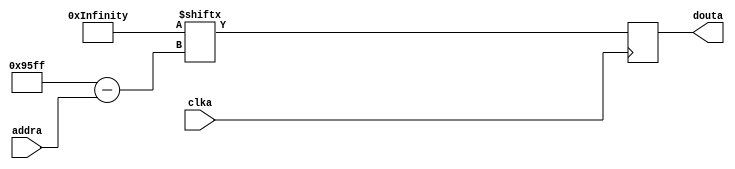
`timescale 1ns / 1ps
//////////////////////////////////////////////////////////////////////////////////
// Company: 
// Engineer: 
// 
// Design Name: 
// Module Name:    win_title 
// Project Name: 
// Target Devices: 
// Tool versions: 
// Description: 
//
// Dependencies: 
//
// Revision: 
// Revision 0.01 - File Created
// Additional Comments: 
//
//////////////////////////////////////////////////////////////////////////////////
module win_title(
			input wire clka,
			input wire [15:0] addra,
			output reg douta
    );

	parameter data = {
320'b00000000000000000000000000000000000000000000000000000000000000000000000000000000000000000000000000000000000000000000000000000000000000000000000000000000000000000000000000000000000000000000000000000000000000000000000000000000000000000000000000000000000000000000000000000000000000000000000000000000000000000000000000000000,
320'b00000000000000000000000000000000000000000000000000000000000000000000000000000000000000000000000000000000000000000000000000000000000000000000000000000000000000000000000000000000000000000000000000000000000000000000000000000000000000000000000000000000000000000000000000000000000000000000000000000000000000000000000000000000,
320'b00000000000000000000000000000000000000000000000000000000000000000000000000000000000000000000000000000000000000000000000000000000000000000000000000000000000000000000000000000000000000000000000000000000000000000000000000000000000000000000000000000000000000000000000000000000000000000000000000000000000000000000000000000000,
320'b00000000000000000000000000000000000000000000000000000000000000000000000000000000000000000000000000000000000000000000000000000000000000000000000000000000000000000000000000000000000000000000000000000000000000000000000000000000000000000000000000000000000000000000000000000000000000000000000000000000000000000000000000000000,
320'b00000000000000000000000000000000000000000000000000000000000000000000000000000000000000000000000000000000000000000000000000000000000000000000000000000000000000000000000000000000000000000000000000000000000000000000000000000000000000000000000000000000000000000000000000000000000000000000000000000000000000000000000000000000,
320'b00000000000000000000000000000000000000000000000000000000000000000000000000000000000000000000000000000000000000000000000000000000000000000000000000000000000000000000000000000000000000000000000000000000000000000000000000000000000000000000000000000000000000000000000000000000000000000000000000000000000000000000000000000000,
320'b00000000000000000000000000000000000000000000000000000000000000000000000000000000000000000000000000000000000000000000000000000000000000000000000000000000000000000000000000000000000000000000000000000000000000000000000000000000000000000000000000000000000000000000000000000000000000000000000000000000000000000000000000000000,
320'b00000000000000000000000000000000000000000000000000000000000000000000000000000000000000000000000000000000000000000000000000000000000000000000000000000000000000000000000000000000000000000000000000000000000000000000000000000000000000000000000000000000000000000000000000000000000000000000000000000000000000000000000000000000,
320'b00000000000000000000000000000000000000000000000000000000000000000000000000000000000000000000000000000000000000000000000000000000000000000000000000000000000000000000000000000000000000000000000000000000000000000000000000000000000000000000000000000000000000000000000000000000000000000000000000000000000000000000000000000000,
320'b00000000000000000000000000000000000000000000000000000000000000000000000000000000000000000000000000000000000000000000000000000000000000000000000000000000000000000000000000000000000000000000000000000000000000000000000000000000000000000000000000000000000000000000000000000000000000000000000000000000000000000000000000000000,
320'b00000000000000000000000000000000000000000000000000000000000000000000000000000000000000000000000000000000000000000000000000000000000000000000000000000000000000000000000000000000000000000000000000000000000000000000000000000000000000000000000000000000000000000000000000000000000000000000000000000000000000000000000000000000,
320'b00000000000000000000000000000000000000000000000000000000000000000000000000000000000000000000000000000000000000000000000000000000000000000000000000000000000000000000000000000000000000000000000000000000000000000000000000000000000000000000000000000000000000000000000000000000000000000000000000000000000000000000000000000000,
320'b00000000000000000000000000000000000000000000000000000000000000000000000000000000000000000000000000000000000000000000000000000000000000000000000000000000000000000000000000000000000000000000000000000000000000000000000000000000000000000000000000000000000000000000000000000000000000000000000000000000000000000000000000000000,
320'b00000000000000000000000000000000000000000000000000000000000000000000000000000000000000000000000000000000000000000000000000000000000000000000000000000000000000000000000000000000000000000000000000000000000000000000000000000000000000000000000000000000000000000000000000000000000000000000000000000000000000000000000000000000,
320'b00000000000000000000000000000000000000000000000000000000000000000000000000000000000000000000000000000000000000000000000000000000000000000000000000000000000000000000000000000000000000000000000000000000000000000000000000000000000000000000000000000000000000000000000000000000000000000000000000000000000000000000000000000000,
320'b00000000000000000000000000000000000000000000000000000000000000000000000000000000000000000000000000000000000000000000000000000000000000000000000000000000000000000000000000000000000000000000000000000000000000000000000000000000000000000000000000000000000000000000000000000000000000000000000000000000000000000000000000000000,
320'b00000000000000000000000000000000000000000000000000000000000000000000000000000000000000000000000000000000000000000000000000000000000000000000000000000000000000000000000000000000000000000000000000000000000000000000000000000000000000000000000000000000000000000000000000000000000000000000000000000000000000000000000000000000,
320'b00000000000000000000000000000000000000000000000000000000000000000000000000000000000000000000000000000000000000000000000000000000000000000000000000000000000000000000000000000000000000000000000000000000000000000000000000000000000000000000000000000000000000000000000000000000000000000000000000000000000000000000000000000000,
320'b00000000000000000000000000000000000000000000000000000000000000000000000000000000000000000000000000000000000000000000000000000000000000000000000000000000000000000000000000000000000000000000000000000000000000000000000000000000000000000000000000000000000000000000000000000000000000000000000000000000000000000000000000000000,
320'b00000000000000000000000000000000000000000000000000000000000000000000000000000000000000000000000000000000000000000000000000000000000000000000000000000000000000000000000000000000000000000000000000000000000000000000000000000000000000000000000000000000000000000000000000000000000000000000000000000000000000000000000000000000,
320'b00000000000000000000000000000000000000000000000000000000000000000000000000000000000000000000000000000000000000000000000000000000000000000000000000000000000000000000000000000000000000000000000000000000000000000000000000000000000000000000000000000000000000000000000000000000000000000000000000000000000000000000000000000000,
320'b00000000000000000000000000000000000000000000000000000000000000000000000000000000000000000000000000000000000000000000000000000000000000000000000000000000000000000000000000000000000000000000000000000000000000000000000000000000000000000000000000000000000000000000000000000000000000000000000000000000000000000000000000000000,
320'b00000000000000000000000000000000000000000000000000000000000000000000000000000000000000000000000000000000000000000000000000000000000000000000000000000000000000000000000000000000000000000000000000000000000000000000000000000000000000000000000000000000000000000000000000000000000000000000000000000000000000000000000000000000,
320'b00000000000000000000000000000000000000000000000000000000000000000000000000000000000000000000000000000000000000000000000000000000000000000000000000000000000000000000000000000000000000000000000000000000000000000000000000000000000000000000000000000000000000000000000000000000000000000000000000000000000000000000000000000000,
320'b00000000000000000000000000000000000000000000000000000000000000000000000000000000000000000000000000000000000000000000000000000000000000000000000000000000000000000000000000000000000000000000000000000000000000000000000000000000000000000000000000000000000000000000000000000000000000000000000000000000000000000000000000000000,
320'b00000000000000000000000000000000000000000000000000000000000000000000000000000000000000000000000000000000000000000000000000000000000000000000000000000000000000000000000000000000000000000000000000000000000000000000000000000000000000000000000000000000000000000000000000000000000000000000000000000000000000000000000000000000,
320'b00000000000000000000000000000000000000000000000000000000000000000000000000000000000000000000000000000000000000000000000000000000000000000000000000000000000000000000000000000000000000000000000000000000000000000000000000000000000000000000000000000000000000000000000000000000000000000000000000000000000000000000000000000000,
320'b00000000000000000000000000000000000000000000000000000000000000000000000000000000000000000000000000000000000000000000000000000000000000000000000000000000000000000000000000000000000000000000000000000000000000000000000000000000000000000000000000000000000000000000000000000000000000000000000000000000000000000000000000000000,
320'b00000000000000000000000000000000000000000000000000000000000000000000000000000000000000000000000000000000000000000000000000000000000000000000000000000000000000000000000000000000000000000000000000000000000000000000000000000000000000000000000000000000000000000000000000000000000000000000000000000000000000000000000000000000,
320'b00000000000000000000000000000000000000000000000000000000000000000000000000000000000000000000000000000000000000000000000000000000000000000000000000000000000000000000000000000000000000000000000000000000000000000000000000000000000000000000000000000000000000000000000000000000000000000000000000000000000000000000000000000000,
320'b00000000000000000000000000000000000000000000000000000000000000000000000000000000000000000000000000000000000000000000000000000000000000000000000000000000000000000000000000000000000000000000000000000000000000000000000000000000000000000000000000000000000000000000000000000000000000000000000000000000000000000000000000000000,
320'b00000000000000000000000000000000000000000000000000000000000000000000000000000000000000000000000000000000000000000000000000000000000000000000000000000000000000000000000000000000000000000000000000000000000000000000000000000000000000000000000000000000000000000000000000000000000000000000000000000000000000000000000000000000,
320'b00000000000000000000000000000000000000000000000000000000000000000000000000000000000000000000000000000000000000000000000000000000000000000000000000000000000000000000000000000000000000000000000000000000000000000000000000000000000000000000000000000000000000000000000000000000000000000000000000000000000000000000000000000000,
320'b00000000000000000000000000000000000000000000000000000000000000000000000000000000000000000000000000000000000000000000000000000000000000000000000000000000000000000000000000000000000000000000000000000000000000000000000000000000000000000000000000000000000000000000000000000000000000000000000000000000000000000000000000000000,
320'b00000000000000000000000000000000000000000000000000000000000000000000000000000000000000000000000000000000000000000000000000000000000000000000000000000000000000000000000000000000000000000000000000000000000000000000000000000000000000000000000000000000000000000000000000000000000000000000000000000000000000000000000000000000,
320'b00000000000000000000000000000000000000000000000000000000000000000000000000000000000000000000000000000000000000000000000000000000000000000000000000000000000000000000000000000000000000000000000000000000000000000000000000000000000000000000000000000000000000000000000000000000000000000000000000000000000000000000000000000000,
320'b00000000000000000000000000000000000000000000000000000000000000000000000000000000000000000000000000000000000000000000000000000000000000000000000000000000000000000000000000000000000000000000000000000000000000000000000000000000000000000000000000000000000000000000000000000000000000000000000000000000000000000000000000000000,
320'b00000000000000000000000000000000000000000000000000000000000000000000000000000000000000000000000000000000000000000000000000000000000000000000000000000000000000000000000000000000000000000000000000000000000000000000000000000000000000000000000000000000000000000000000000000000000000000000000000000000000000000000000000000000,
320'b00000000000000000000000000000000000000000000000000000000000000000000000000000000000000000000000000000000000000000000000000000000000000000000000000000000000000000000000000000000000000000000000000000000000000000000000000000000000000000000000000000000000000000000000000000000000000000000000000000000000000000000000000000000,
320'b00000000000000000000000000000000000000000000000000000000000000000000000000000000000000000000000000000000000000000000000000000000000000000000000000000000000000000000000000000000000000000000000000000000000000000000000000000000000000000000000000000000000000000000000000000000000000000000000000000000000000000000000000000000,
320'b00000000000000000000000000000000000000000000000000000000000000000000000000000000000000000000000000000000000000000000000000000000000000000000000000000000000000000000000000000000000000000000000000000000000000000000000000000000000000000000000000000000000000000000000000000000000000000000000000000000000000000000000000000000,
320'b00000000000000000000000000000000000000000000000000000000000000000000000000000000000000000000000000000000000000000000000000000000000000000000000000000000000000000000000000000000000000000000000000000000000000000000000000000000000000000000000000000000000000000000000000000000000000000000000000000000000000000000000000000000,
320'b00000000000000000000000011111111000000000000000000000000000000000000000000000000000000000000000000000000000000000000000000000000000000000000000000000000000000011111000000000001110000000000000000000000000000000000000000000111110000000000000000000000001100000000000000000000000000000000000011100000000000000000000000000000,
320'b00000000000000000000001111111111110000000000000000000000000000000000000000000000000000000000000000000000000000000000000000000000000000000000000000000000000000111111000000000001110000000000000000000000000000000000000000001111111000000000001100000000001110000011000000000000000000000000000111100000000000000000000000000000,
320'b00000000000000000000011100000001111000000000000000000000000000000000000000000000000000000000000000000000000000000000000000001100000000000000000000000000000000000011100000000011100000000000000000000000000000000000000000000000111000000000001100000000000111000111100000000000000000000000000111100000000000000000000000000000,
320'b00000000000000000001110000000000011000000000000000000000000000000000000000000000000000000000000000000000000000000000000000011100000000000000000000000000000000000011100000000011000000000000000000000000000000000000000000000000111000000000001100000000000110000111100000000000000000000000000111100000000000000000000000000000,
320'b00000000000000000001100000000000011000000000000000000000000000000000000000000000000000000000000000000000000000000000000000011100000000000000000000000000000000000001110000000111000000000000000000000000000000000000000000000000111000000000011100000000000110000111000000000000000000000000000111100000000000000000000000000000,
320'b00000000000000000011100000000000001000000000000000000000000000000000000000000000000000000000000000000000000000000000000000011100000000000000000000000000000000000001110000000110000000000000000000000000000000000000000000000000011100000000011110000000000110000000000000000000000000000000000111000000000000000000000000000000,
320'b00000000000000000111000000000000001000000000000000000000000000000000000000000000000000000000000000000000000000000000000000011000000000000000000000000000000000000001111000001100000000000000000000000000000000000000000000000000011100000000011110000000001110000000000000000000000000000000000111000000000000000000000000000000,
320'b00000000000000000111000000000000000000000000000000000000000000000000000000000000000000000000000000000000000000000000000000011000000000000000000000000000000000000000111000001100000000000000000000000000000000000000000000000000011100000000111110000000001100000000000000000000000000000000000111000000000000000000000000000000,
320'b00000000000000001110000000000000000000000000000000000000000000000000000000000000000000000000000000000000000000000000000000011000000000000000000000000000000000000000111000011000000000000000000000000000000000000000000000000000011100000000111110000000001100000000000000000000000000000000000111000000000000000000000000000000,
320'b00000000000000001110000000000000000000000000000000000000000000000000000000000000000000001000000000000000000000000000000000111000000000000000000000000000000000000000011100011000000000000000000000000000000000000000000000000000001110000000100111000000001100000000000000000000000000000000000111000000000000000000000000000000,
320'b00000000000000001110000000000000000000000001111100000011110000011110000000000011111100011101111000001110000001111100000000111000000000011111100000000000000000000000011100110000000000000111110000001111000000011100000000000000001110000001100111000000011000000111000001111000001111000000000111000000000000000000000000000000,
320'b00000000000000001110000000000000000000000110011110001111110000111111000000001110011111111111111000111110000110001111000011111111110001110011110000000000000000000000011100110000000000011001111000111111000000011100000000000000001110000001100111000000011000000111000111111000011111100000000111000000000000000000000000000000,
320'b00000000000000011110000000000000000000001100000111000001110001111111000000011000001111000000111001111110001100000111000000111000000011000000110000000000000000000000001110100000000000110000011100000111000000011100000000000000001110000001000111000000010000000111000000111000111111100000000111000000000000000000000000000000,
320'b00000000000000011110000000000000000000011000000111100001110011100111000000111000000111000000111001100000011100000011000000111000000011000000110000000000000000000000001111100000000001100000011110000111000000011100000000000000000111000011000011100000110000000110000000111001110011100000000110000000000000000000000000000000,
320'b00000000000000011110000000000000000000111000000011100001110011000011100000111000000111100000111011000000011100000011000000111000000011000000000000000000000000000000001111000000000011100000001110000111000000011100000000000000000111000011000011100000110000000110000000111001100001110000000010000000000000000000000000000000,
320'b00000000000000011110000000000000000000110000000011100001110110000011000000110000000011100000111010000000001100000011000000111000000011100000000000000000000000000000000111000000000011000000001110000111000000111100000000000000000111000010000011100001100000000110000000111011000001100000000010000000000000000000000000000000,
320'b00000000000000001110000000000000000000110000000011100001110100000011000000110000000011000000111110000000000000000011000000110000000011111000000000000000000000000000000111000000000011000000001110000111000000111100000000000000000111000110000011100001100000000110000000111010000001100000000010000000000000000000000000000000,
320'b00000000000000001110000000000000000001110000000011100001111100000011000000111000000011000000111100000000000000111111000000110000000001111110000000000000000000000000000111000000000111000000001110000111000000111100000000000000000111000110000011100001000000000110000000111110000001100000000010000000000000000000000000000000,
320'b00000000000000001111000000000000000001110000000011100001111000000011000000111000000111000000111100000000000111000111000000110000000000011111100000000000000000000000000111000000000111000000001110000111000001111100000000000000000011100100000001110011000000000110000000111100000001100000000010000000000000000000000000000000,
320'b00000000000000001111000000000000000001110000000011100001111000000111000000011100000110000000111100000000011100000111000000110000000000000111110000000000000000000000000111000000000111000000001110000111000001011100000000000000000011101100000001110010000000000110000000111100000011100000000000000000000000000000000000000000,
320'b00000000000000000111100000000000000001110000000011100001111000000111000000011111011100000000111100000000011000000111000000110000000000000001110000000000000000000000000111000000000111000000001110000110000011011100000000000000000011101100000001110110000000000110000000111100000011100000000000000000000000000000000000000000,
320'b00000000000000000011100000000000001000111000000011000001110000000111000000000111110000000000111000000000111000001111000000110000000000000000110000000000000000000000000111000000000011100000001100000110000010011100000000000000000011111000000001110100000000000110000000111000000011100000000000000000000000000000000000000000,
320'b00000000000000000011110000000000011000111000000111000001110000000111000000001000000000000000111000000000111000011111000000111000000110000000110000110000000000000000000111000000000011100000011100000111000110011100000000000000000001111000000001111100000000000110000000111000000011100000000111000000000000000000000000000000,
320'b00000000000000000001111100000001100000111100000110000001110000000111000000011000000000000000111000000000111101110011000000111000000111000000110001111000000000000000000111000000000011110000011000000111111100011100000000000000000001110000000000111000000000000110000000111000000011100000001111000000000000000000000000000000,
320'b00000000000000000000011111111111000000011110001100000001110000000011111100111100000000000000111000000000011111100011110100111111110111110011100001111000000000000000000111000000000001111000110000000111111000001111110000000000000001110000000000111000000000000111111000111000000001111110001111000000000000000000000000000000,
320'b00000000000000000000000111111100000000000111110000000001100000000011110000011111100000000000110000000000001111000001111000011111000001111110000000111000000000000000001110000000000000011111000000000011110000000111000000000000000001110000000000110000000000000111100000110000000001111000000110000000000000000000000000000000,
320'b00000000000000000000000000000000000000000000000000000000000000000000000000001111111110000000000000000000000000000000000000000000000000000000000000011000000000000000000000000000000000000000000000000000000000000000000000000000000000000000000000000000000000000000000000000000000000000000000000000000000000000000000000000000,
320'b00000000000000000000000000000000000000000000000000000000000000000000000000011111111111100000000000000000000000000000000000000000000000000000000000011000000000000000000000000000000000000000000000000000000000000000000000000000000000000000000000000000000000000000000000000000000000000000000000000000000000000000000000000000,
320'b00000000000000000000000000000000000000000000000000000000000000000000000000110000000111110000000000000000000000000000000000000000000000000000000000010000000000000000000000000000000000000000000000000000000000000000000000000000000000000000000000000000000000000000000000000000000000000000000000000000000000000000000000000000,
320'b00000000000000000000000000000000000000000000000000000000000000000000000001100000000001110000000000000000000000000000000000000000000000000000000000100000000000000000000000000000000000000000000000000000000000000000000000000000000000000000000000000000000000000000000000000000000000000000000000000000000000000000000000000000,
320'b00000000000000000000000000000000000000000000000000000000000000000000000011000000000001110000000000000000000000000000000000000000000000000000000001100000000000000000000000000000000000000000000000000000000000000000000000000000000000000000000000000000000000000000000000000000000000000000000000000000000000000000000000000000,
320'b00000000000000000000000000000000000000000000000000000000000000000000000011000000000001110000000000000000000000000000000000000000000000000000000010000000000000000000000000000000000000000000000000000000000000000000000000000000000000000000000000000000000000000000000000000000000000000000000000000000000000000000000000000000,
320'b00000000000000000000000000000000000000000000000000000000000000000000000111000000000001110000000000000000000000000000000000000000000000000000000000000000000000000000000000000000000000000000000000000000000000000000000000000000000000000000000000000000000000000000000000000000000000000000000000000000000000000000000000000000,
320'b00000000000000000000000000000000000000000000000000000000000000000000000011100000000011100000000000000000000000000000000000000000000000000000000000000000000000000000000000000000000000000000000000000000000000000000000000000000000000000000000000000000000000000000000000000000000000000000000000000000000000000000000000000000,
320'b00000000000000000000000000000000000000000000000000000000000000000000000011110000000111000000000000000000000000000000000000000000000000000000000000000000000000000000000000000000000000000000000000000000000000000000000000000000000000000000000000000000000000000000000000000000000000000000000000000000000000000000000000000000,
320'b00000000000000000000000000000000000000000000000000000000000000000000000001111100011110000000000000000000000000000000000000000000000000000000000000000000000000000000000000000000000000000000000000000000000000000000000000000000000000000000000000000000000000000000000000000000000000000000000000000000000000000000000000000000,
320'b00000000000000000000000000000000000000000000000000000000000000000000000000011111110000000000000000000000000000000000000000000000000000000000000000000000000000000000000000000000000000000000000000000000000000000000000000000000000000000000000000000000000000000000000000000000000000000000000000000000000000000000000000000000,
320'b00000000000000000000000000000000000000000000000000000000000000000000000000000000000000000000000000000000000000000000000000000000000000000000000000000000000000000000000000000000000000000000000000000000000000000000000000000000000000000000000000000000000000000000000000000000000000000000000000000000000000000000000000000000,
320'b00000000000000000000000000000000000000000000000000000000000000000000000000000000000000000000000000000000000000000000000000000000000000000000000000000000000000000000000000000000000000000000000000000000000000000000000000000000000000000000000000000000000000000000000000000000000000000000000000000000000000000000000000000000,
320'b00000000000000000000000000000000000000000000000000000000000000000000000000000000000000000000000000000000000000000000000000000000000000000000000000000000000000000000000000000000000000000000000000000000000000000000000000000000000000000000000000000000000000000000000000000000000000000000000000000000000000000000000000000000,
320'b00000000000000000000000000000000000000000000000000000000000000000000000000000000000000000000000000000000000000000000000000000000000000000000000000000000000000000000000000000000000000000000000000000000000000000000000000000000000000000000000000000000000000000000000000000000000000000000000000000000000000000000000000000000,
320'b00000000000000000000000000000000000000000000000000000000000000000000000000000000000000000000000000000000000000000000000000000000000000000000000000000000000000000000000000000000000000000000000000000000000000000000000000000000000000000000000000000000000000000000000000000000000000000000000000000000000000000000000000000000,
320'b00000000000000000000000000000000000000000000000000000000000000000000000000000000000000000000000000000000000000000000000000000000000000000000000000000000000000000000000000000000000000000000000000000000000000000000000000000000000000000000000000000000000000000000000000000000000000000000000000000000000000000000000000000000,
320'b00000000000000000000000000000000000000000000000000000000000000000000000000000000000000000000000000000000000000000000000000000000000000000000000000000000000000000000000000000000000000000000000000000000000000000000000000000000000000000000000000000000000000000000000000000000000000000000000000000000000000000000000000000000,
320'b00000000000000000000000000000000000000000000000000000000000000000000000000000000000000000000000000000000000000000000000000000000000000000000000000000000000000000000000000000000000000000000000000000000000000000000000000000000000000000000000000000000000000000000000000000000000000000000000000000000000000000000000000000000,
320'b00000000000000000000000000000000000000000000000000000000000000000000000000000000000000000000000000000000000000000000000000000000000000000000000000000000000000000000000000000000000000000000000000000000000000000000000000000000000000000000000000000000000000000000000000000000000000000000000000000000000000000000000000000000,
320'b00000000000000000000000000000000000000000000000000000000000000000000000000000000000000000000000000000000000000000000000000000000000000000000000000000000000000000000000000000000000000000000000000000000000000000000000000000000000000000000000000000000000000000000000000000000000000000000000000000000000000000000000000000000,
320'b00000000000000000000000000000000000000000000000000000000000000000000000000000000000000000000000000000000000000000000000000000000000000000000000000000000000000000000000000000000000000000000000000000000000000000000000000000000000000000000000000000000000000000000000000000000000000000000000000000000000000000000000000000000,
320'b00000000000000000000000000000000000000000000000000000000000000000000000000000000000000000000000000000000000000000000000000000000000000000000000000000000000000000000000000000000000000000000000000000000000000000000000000000000000000000000000000000000000000000000000000000000000000000000000000000000000000000000000000000000,
320'b00000000000000000000000000000000000000000000000000000000000000000000000000000000000000000000000000000000000000000000000000000000000000000000000000000000000000000000000000000000000000000000000000000000000000000000000000000000000000000000000000000000000000000000000000000000000000000000000000000000000000000000000000000000,
320'b00000000000000000000000000000000000000000000000000000000000000000000000000000000000000000000000000000000000000000000000000000000000000000000000000000000000000000000000000000000000000000000000000000000000000000000000000000000000000000000000000000000000000000000000000000000000000000000000000000000000000000000000000000000,
320'b00000000000000000000000000000000000000000000000000000000000000000000000000000000000000000000000000000000000000000000000000000000000000000000000000000000000000000000000000000000000000000000000000000000000000000000000000000000000000000000000000000000000000000000000000000000000000000000000000000000000000000000000000000000,
320'b00000000000000000000000000000000000000000000000000000000000000000000000000000000000000000000000000000000000000000000000000000000000000000000000000000000000000000000000000000000000000000000000000000000000000000000000000000000000000000000000000000000000000000000000000000000000000000000000000000000000000000000000000000000,
320'b00000000000000000000000000000000000000000000000000000000000000000000000000000000000000000000000000000000000000000000000000000000000000000000000000000000000000000000000000000000000000000000000000000000000000000000000000000000000000000000000000000000000000000000000000000000000000000000000000000000000000000000000000000000,
320'b00000000000000000000000000000000000000000000000000000000000000000000000000000000000000000000000000000000000000000000000000000000000000000000000000000000000000000000000000000000000000000000000000000000000000000000000000000000000000000000000000000000000000000000000000000000000000000000000000000000000000000000000000000000,
320'b00000000000000000000000000000000000000000000000000000000000000000000000000000000000000000000000000000000000000000000000000000000000000000000000000000000000000000000000000000000000000000000000000000000000000000000000000000000000000000000000000000000000000000000000000000000000000000000000000000000000000000000000000000000,
320'b00000000000000000000000000000000000000000000000000000000000000000000000000000000000000000000000000000000000000000000000000000000000000000000000000000000000000000000000000000000000000000000000000000000000000000000000000000000000000000000000000000000000000000000000000000000000000000000000000000000000000000000000000000000,
320'b00000000000000000000000000000000000000000000000000000000000000000000000000000000000000000000000000000000000000000000000000000000000000000000000000000000000000000000000000000000000000000000000000000000000000000000000000000000000000000000000000000000000000000000000000000000000000000000000000000000000000000000000000000000,
320'b00000000000000000000000000000000000000000000000000000000000000000000000000000000000000000000000000000000000000000000000000000000000000000000000000000000000000000000000000000000000000000000000000000000000000000000000000000000000000000000000000000000000000000000000000000000000000000000000000000000000000000000000000000000,
320'b00000000000000000000000000000000000000000000000000000000000000000000000000000000000000000000000000000000000000000000000000000000000000000000000000000000000000000000000000000000000000000000000000000000000000000000000000000000000000000000000000000000000000000000000000000000000000000000000000000000000000000000000000000000,
320'b00000000000000000000000000000000000000000000000000000000000000000000000000000000000000000000000000000000000000000000000000000000000000000000000000000000000000000000000000000000000000000000000000000000000000000000000000000000000000000000000000000000000000000000000000000000000000000000000000000000000000000000000000000000,
320'b00000000000000000000000000000000000000000000000000000000000000000000000000000000000000000000000000000000000000000000000000000000000000000000000000000000000000000000000000000000000000000000000000000000000000000000000000000000000000000000000000000000000000000000000000000000000000000000000000000000000000000000000000000000,
320'b00000000000000000000000000000000000000000000000000000000000000000000000000000000000000000000000000000000000000000000000000000000000000000000000000000000000000000000000000000000000000000000000000000000000000000000000000000000000000000000000000000000000000000000000000000000000000000000000000000000000000000000000000000000,
320'b00000000000000000000000000000000000000000000000000000000000000000000000000000000000000000000000000000000000000000000000000000000000000000000000000000000000000000000000000000000000000000000000000000000000000000000000000000000000000000000000000000000000000000000000000000000000000000000000000000000000000000000000000000000,
320'b00000000000000000000000000000000000000000000000000000000000000000000000000000000000000000000000000000000000000000000000000000000000000000000000000000000000000000000000000000000000000000000000000000000000000000000000000000000000000000000000000000000000000000000000000000000000000000000000000000000000000000000000000000000,
320'b00000000000000000000000000000000000000000000000000000000000000000000000000000000000000000000000000000000000000000000000000000000000000000000000000000000000000000000000000000000000000000000000000000000000000000000000000000000000000000000000000000000000000000000000000000000000000000000000000000000000000000000000000000000,
320'b00000000000000000000000000000000000000000000000000000000000000000000000000000000000000000000000000000000000000000000000000000000000000000000000000000000000000000000000000000000000000000000000000000000000000000000000000000000000000000000000000000000000000000000000000000000000000000000000000000000000000000000000000000000,
320'b00000000000000000000000000000000000000000000000000000000000000000000000000000000000000000000000000000000000000000000000000000000000000000000000000000000000000000000000000000000000000000000000000000000000000000000000000000000000000000000000000000000000000000000000000000000000000000000000000000000000000000000000000000000,
320'b00000000000000000000000000000000000000000000000000000000000000000000000000000000000000000000000000000000000000000000000000000000000000000000000000000000000000000000000000000000000000000000000000000000000000000000000000000000000000000000000000000000000000000000000000000000000000000000000000000000000000000000000000000000,
320'b00000000000000000000000000000000000000000000000000000000000000000000000000000000000000000000000000000000000000000000000000000000000000000000000000000000000000000000000000000000000000000000000000000000000000000000000000000000000000000000000000000000000000000000000000000000000000000000000000000000000000000000000000000000,
320'b00000000000000000000000000000000000000000000000000000000000000000000000000000000000000000000000000000000000000000000000000000000000000000000000000000000000000000000000000000000000000000000000000000000000000000000000000000000000000000000000000000000000000000000000000000000000000000000000000000000000000000000000000000000,
320'b00000000000000000000000000000000000000000000000000000000000000000000000000000000000000000000000000000000000000000000000000000000000000000000000000000000000000000000000000000000000000000000000000000000000000000000000000000000000000000000000000000000000000000000000000000000000000000000000000000000000000000000000000000000,
320'b00000000000000000000000000000000000000000000000000000000000000000000000000000000000000000000000000000000000000000000000000000000000000000000000000000000000000000000000000000000000000000000000000000000000000000000000000000000000000000000000000000000000000000000000000000000000000000000000000000000000000000000000000000000,
320'b00000000000000000000000000000000000000000000000000000000000000000000000000000000000000000000000000000000000000000000000000000000000000000000000000000000000000000000000000000000000000000000000000000000000000000000000000000000000000000000000000000000000000000000000000000000000000000000000000000000000000000000000000000000,
320'b00000000000000000000000000000000000000000000000000000000000000000000000000000000000000000000000000000000000000000000000000000000000000000000000000000000000000000000000000000000000000000000000000000000000000000000000000000000000000000000000000000000000000000000000000000000000000000000000000000000000000000000000000000000,
320'b00000000000000000000000000000000000000000000000000000000000000000000000000000000000000000000000000000000000000000000000000000000000000000000000000000000000000000000000000000000000000000000000000000000000000000000000000000000000000000000000000000000000000000000000000000000000000000000000000000000000000000000000000000000,
320'b00000000000000000000000000000000000000000000000000000000000000000000000000000000000000000000000000000000000000000000000000000000000000000000000000000000000000000000000000000000000000000000000000000000000000000000000000000000000000000000000000000000000000000000000000000000000000000000000000000000000000000000000000000000,
320'b00000000000000000000000000000000000000000000000000000000000000000000000000000000000000000000000000000000000000000000000000000000000000000000000000000000000000000000000000000000000000000000000000000000000000000000000000000000000000000000000000000000000000000000000000000000000000000000000000000000000000000000000000000000
};

	always @(posedge clka)
	begin
		douta <= data[38399 - addra];   // 320 * 120 image
	end

endmodule